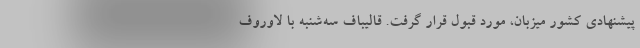
پیشنهادی کشور میزبان، مورد قبول قرار گرفت. قالیباف سه‌شنبه با لاوروف